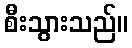
စီးသွားသည်။